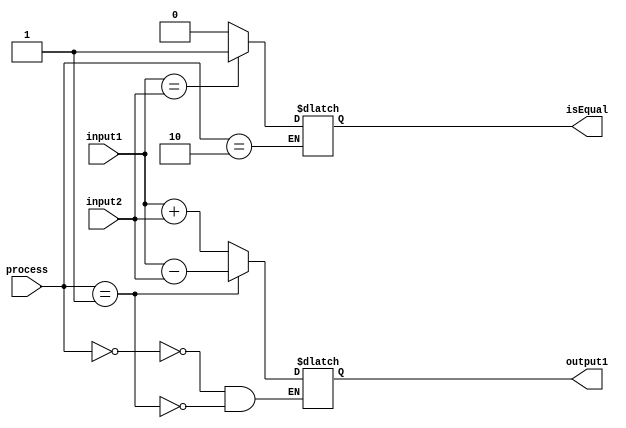
`timescale 1ns / 1ps
//////////////////////////////////////////////////////////////////////////////////
// Company: 
// Engineer: 
// 
// Design Name: 
// Module Name: AMB
// Project Name: 
// Target Devices: 
// Tool Versions: 
// Description: 
// 
// Dependencies: 
// 
// Revision:
// Revision 0.01 - File Created
// Additional Comments:
// 
//////////////////////////////////////////////////////////////////////////////////
`define BELLEK_ADRES    32'h8000_0000
`define VERI_BIT        32
`define ADRES_BIT       32
`define YAZMAC_SAYISI   32

module AMB(

    input [1:0] process,
    input [`VERI_BIT-1:0] input1,
    input [`VERI_BIT-1:0] input2,
    output [`VERI_BIT-1:0] output1,
    output isEqual

);
    
localparam ADD      = 2'b00;
localparam SUBTRACT = 2'b01;
localparam COMPARE  = 2'b10;

reg [`VERI_BIT-1:0] processResult;
reg compareResult;

always @* begin

    case(process)
    
        ADD:
            begin
                processResult = input1 + input2;
            end
            
        SUBTRACT:
            begin
                processResult = input1 - input2;
            end
        
        COMPARE:
            begin
                compareResult = (input1 == input2) ? 1 : 0;
            end
      
      endcase

end

assign output1 = processResult;
assign isEqual = compareResult;

endmodule